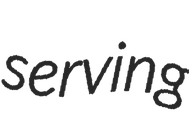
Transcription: serving